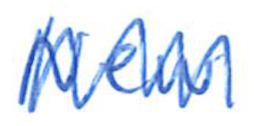
Text: New
Cross-out: zig-zag
Writing tool: ballpoint